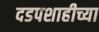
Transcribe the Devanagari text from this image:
दडपशाहीच्या